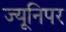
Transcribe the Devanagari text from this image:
ज्यूनिपर